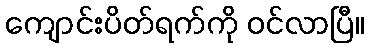
ကျောင်းပိတ်ရက်ကို ဝင်လာပြီ။